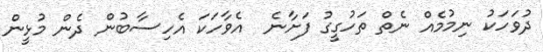
ދުވަހަކު ނިމުމެއް ނެތް ތަހުގީގު ފަށާނެ  އެވާހަކަ އެހިސާބުން ދެން މުޅީން